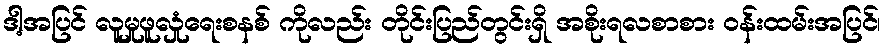
ဒါ့အပြင် လူမှုဖူလှုံရေးစနစ် ကိုလည်း တိုင်းပြည်တွင်းရှိ အစိုးရလစာစား ဝန်းထမ်းအပြင်၊